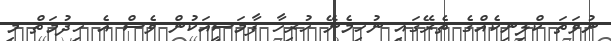
ނުވަތަ ކްލިނިކެއްގެ ތެރޭގައި ނުހިމެނޭ ހުރިހާ ފާމަސީއަކުން ވެސް އެ ހިދުމަތް މި